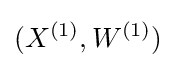
(X^{(1)},W^{(1)})